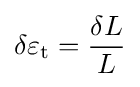
\delta \varepsilon _{\mathrm {t} }={\frac {\delta L}{L}}